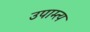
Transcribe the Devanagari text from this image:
उपाम्त्य